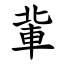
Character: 軰